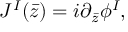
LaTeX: J ^ { I } ( \bar { z } ) = i \partial _ { \bar { z } } \phi ^ { I } ,